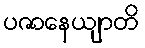
ပဇာနေယျာတိ